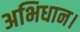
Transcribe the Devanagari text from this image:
अभिधान।